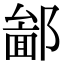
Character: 𨝣